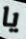
يا